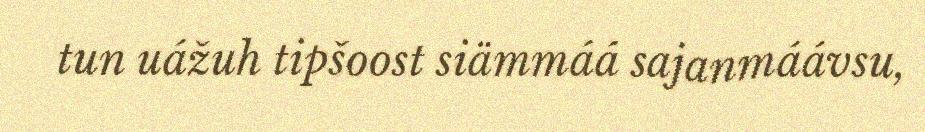
tun uážuh tipšoost siämmáá sajanmáávsu,